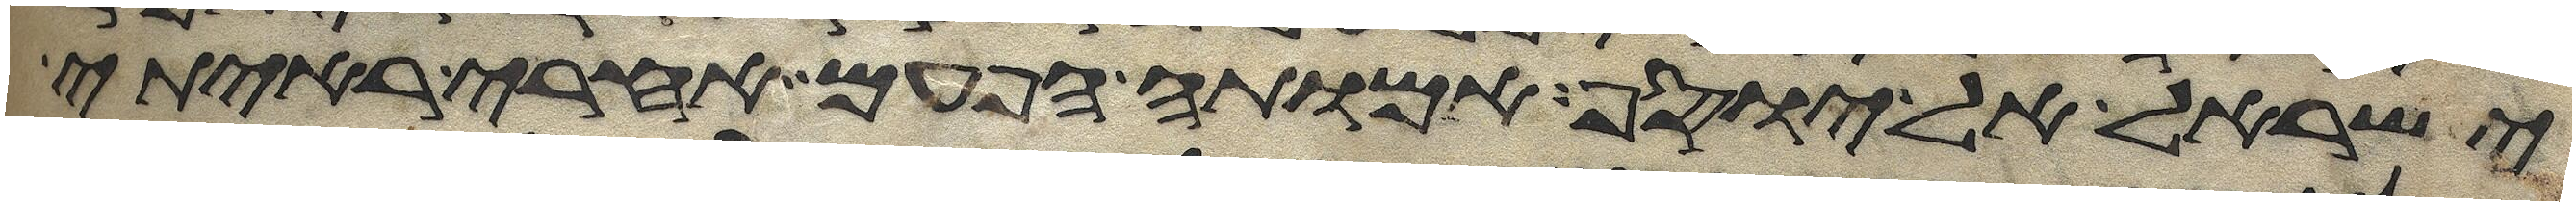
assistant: ישראל אל יוסף אמותה הפעם אחרי ראיתי